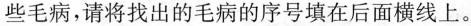
些毛病，请将找出的毛病的序号填在后面横线上。